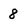
Character: 8